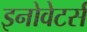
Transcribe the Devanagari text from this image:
इनोवेटर्स